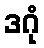
ဒဂုံ